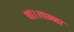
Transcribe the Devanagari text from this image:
था।।पन्ना